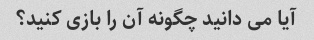
آیا می دانید چگونه آن را بازی کنید؟